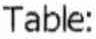
TABLE: